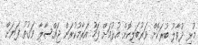
މުޅި ދުވާލު ބުރަކޮށް ވަރުބަލިކޮށް އުޅުމަށް ފަހު އަރާމުކުރަން ޖައްސާލާ ވަގުތު ފަޔަށް